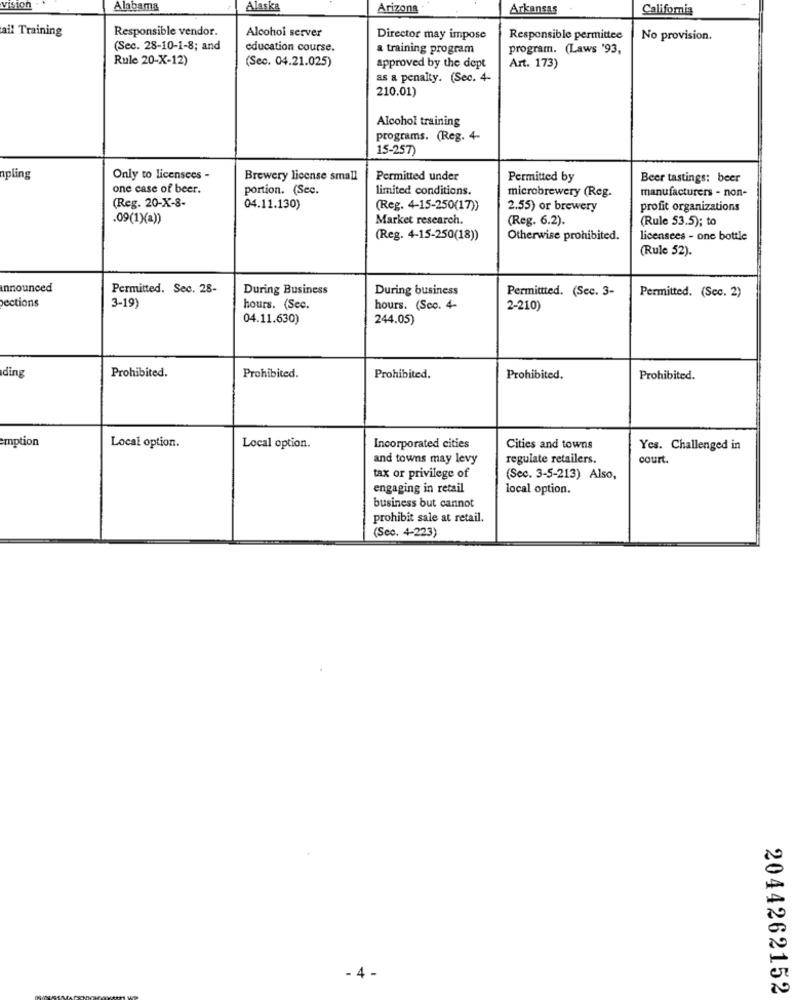
vision
Alabama
Alaska
Arizona
Arkansas
California
ail Training
Responsible vendor.
Alcohol server
Director may impose
Responsible permittee
No provision.
(Sec. 28-10-1-8; and
education course.
a training program
program. (Laws '93,
Rule 20-X-12)
(Sec. 04.21.025)
approved by the dept
Art. 173)
as a penalty. (Sec. 4-
210.01)
Alcohol training
programs. (Reg. 4-
15-257)
npling
Only to licensees -
Brewery license small
Permitted under
Permitted by
Beer tastings: beer
one case of beer.
portion. (Sec.
limited conditions.
manufacturers - non-
(Reg. 20-X-8-
microbrewery (Reg.
04.11.130)
(Reg. 4-15-250(17))
2.55) or brewery
profit organizations
.09(1)(a))
Market research.
(Reg. 6.2).
(Rule 53.5); to
(Reg. 4-15-250(18))
Otherwise prohibited.
licensees - one bottle
(Rule 52).
announced
Permitted. Sec. 28-
During Business
During business
Permittted. (Sec. 3-
ections
3-19
Permitted. (Sec. 2)
hours. (Sec.
hours. (Soc. 4-
2-210)
04.11.630)
244.05)
Prohibited.
ding
Prohibited.
Prohibited.
Prohibited.
Prohibited.
emption
Local option.
Local option.
Incorporated cities
Cities and towns
Yes. Challenged in
and towns may levy
regulate retailers.
court.
tax or privilege of
(Sec. 3-5-213) Also,
engaging in retail
local option.
business but cannot
prohibit sale at retail.
(Sec. 4-223)
- 4 -
2044262152